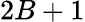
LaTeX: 2B+1